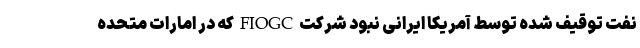
نفت توقیف شده توسط آمریکا ایرانی نبود شرکت FIOGC که در امارات متحده